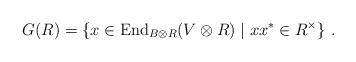
LaTeX: \begin{align*}G(R) = \{x\in \mathrm{End}_{B\otimes R}(V\otimes R)\mid xx^\ast\in R^\times\}\ .\end{align*}